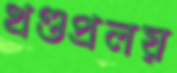
খণ্ডপ্রলয়